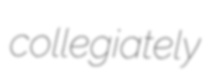
collegiately